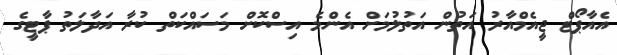
އެއާޕޯޓް ޖީއެމްއާރު އަތުން އަތުލުމަށް އެންމެ އިސްކޮށް މަސައްކަތް ކުރާ އަދާލަތު ޕާޓީގެ